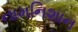
નામનિશાન